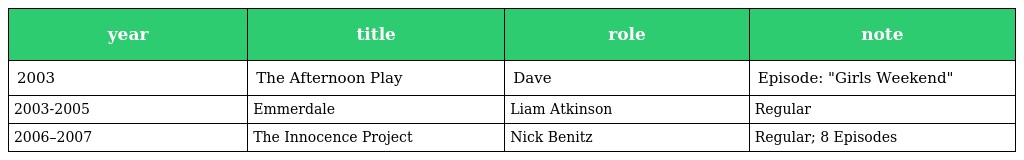
| year | title | role | note |
 | --- | --- | --- | --- |
 | 2003 | The Afternoon Play | Dave | Episode: "Girls Weekend" |
 | 2003-2005 | Emmerdale | Liam Atkinson | Regular |
 | 2006–2007 | The Innocence Project | Nick Benitz | Regular; 8 Episodes |